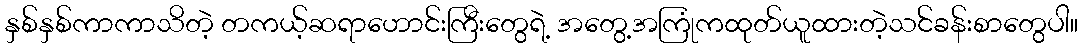
နှစ်နှစ်ကာကာသိတဲ့ တကယ့်ဆရာဟောင်းကြီးတွေရဲ့ အတွေ့အကြုံကထုတ်ယူထားတဲ့သင်ခန်းစာတွေပါ။